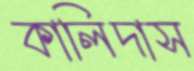
কালিদাস